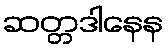
ဆတ္တဒါနေန